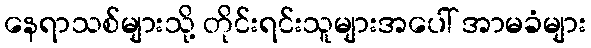
နေရာသစ်များသို့ တိုင်းရင်းသူများအပေါ် အာမခံများ